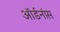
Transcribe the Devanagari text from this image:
ऑर्डनांस